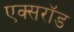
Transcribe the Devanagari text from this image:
एक्सरॉड